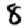
Digit: 8